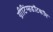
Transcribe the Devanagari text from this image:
ग्रीटिंग्सडॉटकॉम